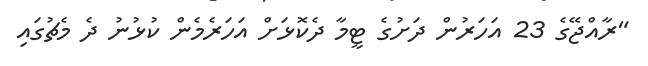
"ރާއްޖޭގެ 23 އަހަރުން ދަށުގެ ޓީމާ ދެކޮޅަށް އަހަރެމެން ކުޅުނު ދެ މެޗުގައި